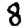
Digit: 8